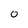
Character: 0